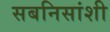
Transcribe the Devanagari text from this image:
सबनिसांशी